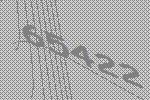
65422